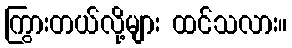
ကြွားတယ်လို့များ ထင်သလား။